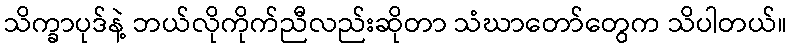
သိက္ခာပုဒ်နဲ့ ဘယ်လိုကိုက်ညီလည်းဆိုတာ သံဃာတော်တွေက သိပါတယ်။